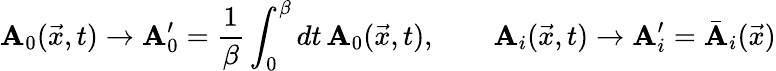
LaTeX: \mathbf{A}_{0}(\vec{{x}},t)\rightarrow\mathbf{A}_{0}^{\prime}={\frac{{1}}{{\beta}}}\int_{0}^{\beta}dt\, \mathbf{A}_{0}(\vec{{x}},t),\qquad\mathbf{A}_{i}(\vec{{x}},t)\rightarrow\mathbf{A}_{i}^{\prime}=\bar{{\mathbf{A}}}_{i}(\vec{{x}})